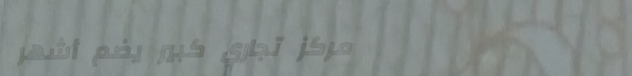
مركز تجاري كبير يضم أشهر